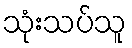
သုံးသပ်သူ